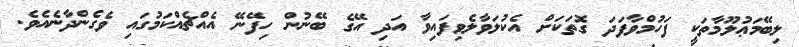
ލިބޭމަޢުލޫމާތަކީ ފަހުމްވާފަދަ ގޮތަކަށް އެކުލަވާލެވިފައިވާ އަދި އޭގެ ބޭނުން ހިފޭނޭ އެއްޗެއްކަމުގައި ވެގެންދާނެއެވެ.